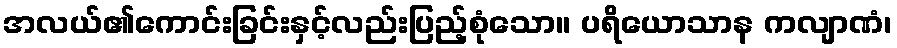
အလယ်၏ကောင်းခြင်းနှင့်လည်းပြည့်စုံသော။ ပရိယောသာန ကလျာဏံ၊